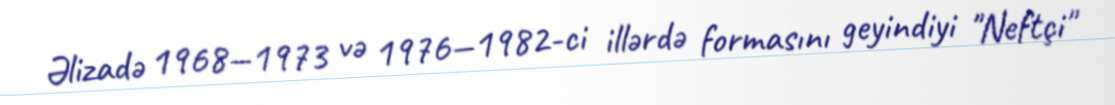
Əlizadə 1968—1973 və 1976—1982-ci illərdə formasını geyindiyi "Neftçi"